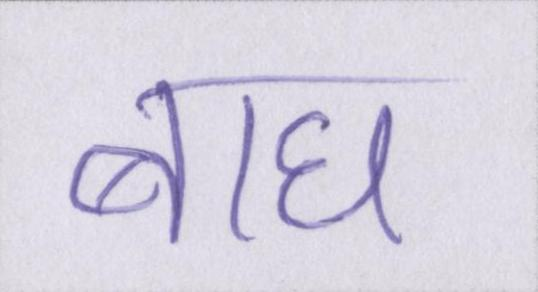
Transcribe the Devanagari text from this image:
बाघ